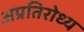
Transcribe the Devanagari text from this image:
अप्रतिरोध्य